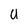
Character: U